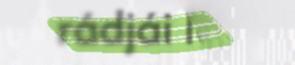
rádjái lea